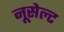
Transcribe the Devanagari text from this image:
नूसेल्ट